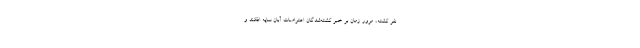
نفر کشته، مرور زمان بر خبر کشته‌شدگان اعتراضات آبان سایه افکند و